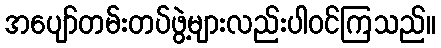
အပျော်တမ်းတပ်ဖွဲ့များလည်းပါဝင်ကြသည်။